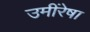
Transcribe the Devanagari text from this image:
उमींरेषा